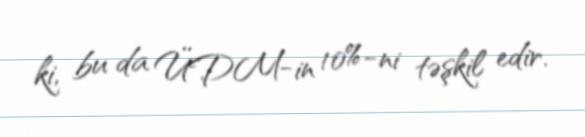
ki, bu da ÜDM-in 10%-ni təşkil edir.